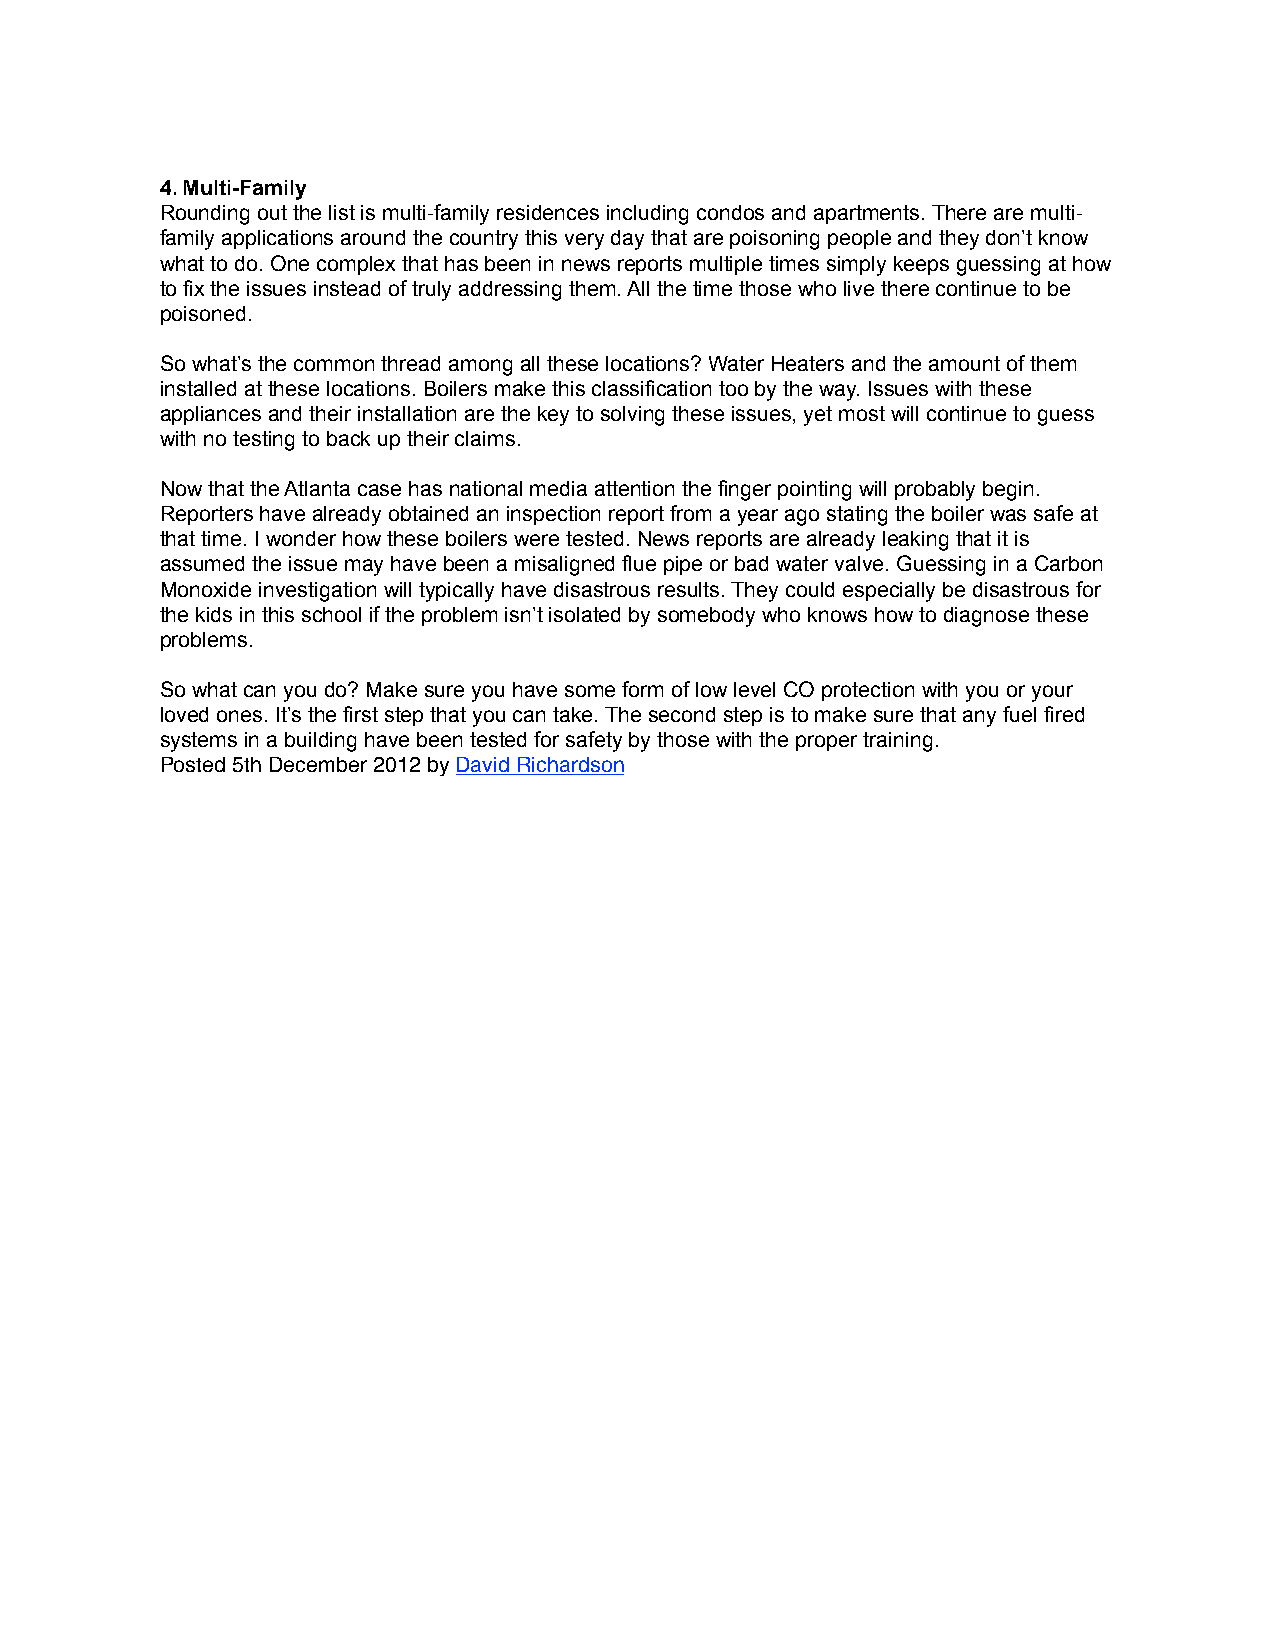
4. Multi-Family
 Rounding out the list is multi-family residences including condos and apartments. There are multi-
 family applications around the country this very day that are poisoning people and they don’t know
 what to do. One complex that has been in news reports multiple times simply keeps guessing at how
 to fix the issues instead of truly addressing them. All the time those who live there continue to be
 poisoned.
 So what’s the common thread among all these locations? Water Heaters and the amount of them
 installed at these locations. Boilers make this classification too by the way. Issues with these
 appliances and their installation are the key to solving these issues, yet most will continue to guess
 with no testing to back up their claims.
 Now that the Atlanta case has national media attention the finger pointing will probably begin.
 Reporters have already obtained an inspection report from a year ago stating the boiler was safe at
 that time. I wonder how these boilers were tested. News reports are already leaking that it is
 assumed the issue may have been a misaligned flue pipe or bad water valve. Guessing in a Carbon
 Monoxide investigation will typically have disastrous results. They could especially be disastrous for
 the kids in this school if the problem isn’t isolated by somebody who knows how to diagnose these
 problems.
 So what can you do? Make sure you have some form of low level CO protection with you or your
 loved ones. It’s the first step that you can take. The second step is to make sure that any fuel fired
 systems in a building have been tested for safety by those with the proper training.
 Posted 5th December 2012 by David Richardson